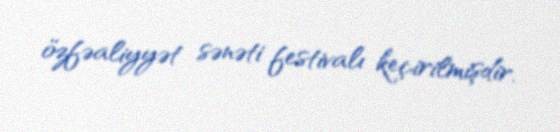
özfəaliyyət sənəti festivalı keçirilmişdir.